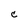
Character: C